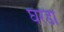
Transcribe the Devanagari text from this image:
घरडा